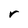
Character: r